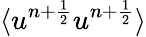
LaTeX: \langle u^{n+\frac{1}{2}}u^{n+\frac{1}{2}}\rangle